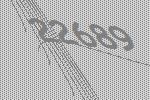
22689